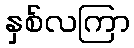
နှစ်လကြာ